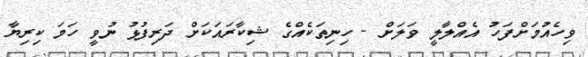
ވިހެއުމަށްފަހު އެއްލާލީ ވަލަށް - ހިނިތަކެއްގެ ޝިކާރައަކަށް ދަރިފުޅު ނުވީ ހަމަ ކިރިޔާ